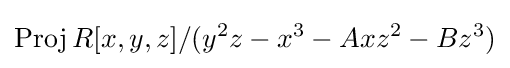
\operatorname {Proj} R[x,y,z]/(y^{2}z-x^{3}-Axz^{2}-Bz^{3})